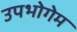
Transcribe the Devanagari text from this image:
उपभोगेम